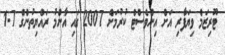
ޓޫރިޒަމް ވިޔަފާރި އަށް އިންވެސްޓް ކުރުމަށް 2007 ގައި އާންމު ރައްޔިތުންގެ 1.7